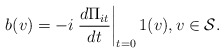
\begin{align*} b(v) = -i \left. \frac{ d \Pi_{it} }{ dt } \right|_{t=0} 1(v), v \in \mathcal{S}. \end{align*}